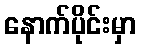
နောက်ပိုင်းမှာ